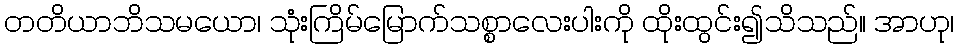
တတိယာဘိသမယော၊ သုံးကြိမ်မြောက်သစ္စာလေးပါးကို ထိုးထွင်း၍သိသည်။ အာဟု၊